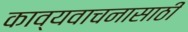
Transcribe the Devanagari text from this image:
काव्यवाचनासाठी